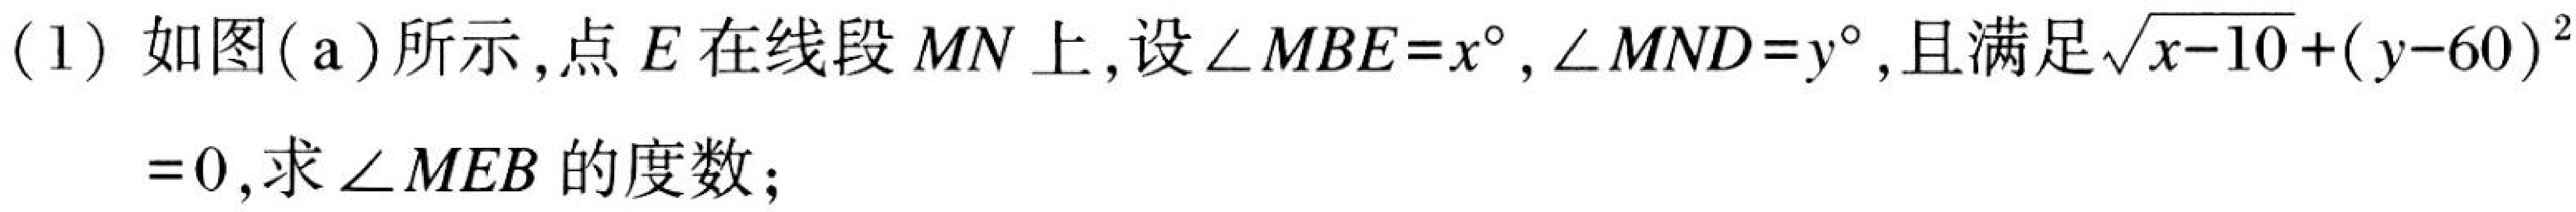
(1)如图(a)所示,点\(E\)在线段\(MN\)上,设\(\angle MBE = x^{\circ},\angle MND = y^{\circ}\),且满足\(\sqrt{x - 10}+(y - 60)^{2}=0\),求\(\angle MEB\)的度数;